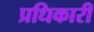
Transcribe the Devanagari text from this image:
प्रधिकारी